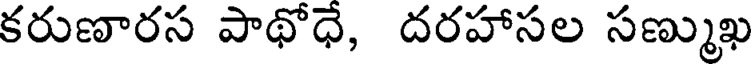
కరుణారస పాథోధే, దరహాసల సణ్ముఖ